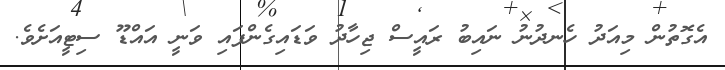
އެގޮތުން މިއަދު ހެނދުނު ނައިބު ރައީސް ޖިހާދު ވަޑައިގެންފައި ވަނީ އައްޑޫ ސިޓީއަށެވެ.